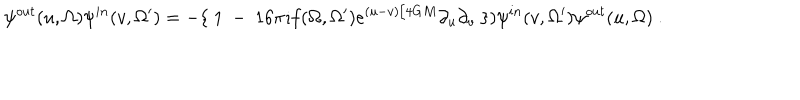
LaTeX: \psi ^ { o u t } ( u , \Omega ) \psi ^ { i n } ( v , \Omega ^ { \prime } ) = - \{ ~ 1 ~ - ~ 1 6 \pi \imath f ( \Omega , \Omega ^ { \prime } ) e ^ { ( u - v ) / 4 G M } \partial _ { u } \partial _ { v } ~ \} ) \psi ^ { i n } ( v , \Omega ^ { \prime } ) \psi ^ { o u t } ( u , \Omega ) ~ .